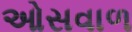
ઓસવાળ